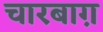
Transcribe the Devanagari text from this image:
चारबाग़